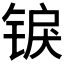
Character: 𬭜